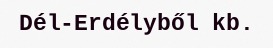
Dél-Erdélyből kb.